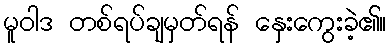
မူဝါဒ တစ်ရပ်ချမှတ်ရန် နှေးကွေးခဲ့၏။